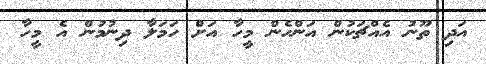
އަދި ތޫނު އެއްޗަކުން އަންހެން މީހާ އަށް ހަމަލާ ދިނުމުން އެ މީހާ